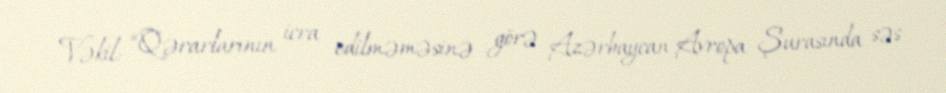
Vəkil: “Qərarlarının icra edilməməsinə görə Azərbaycan Avropa Şurasında səs